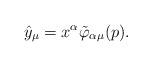
\begin{gather*}\hat{y}_\mu=x^\alpha\tilde{\varphi}_{\alpha\mu}(p).\end{gather*}